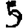
Digit: 5